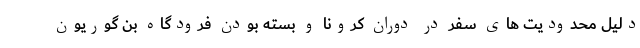
دلیل محدودیت های سفر در دوران کرونا و بسته بودن فرودگاه بن گوریون